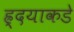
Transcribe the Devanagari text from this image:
ह्र्दयाकडे